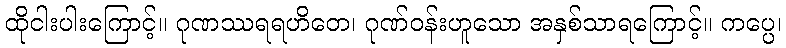
ထိုငါးပါးကြောင့်။ ဂုဏဿရရဟိတေ၊ ဂုဏ်ဝန်းဟူသော အနှစ်သာရကြောင့်။ ကပ္ပေ၊